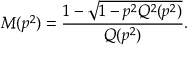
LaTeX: M ( p ^ { 2 } ) = \frac { 1 - \sqrt { 1 - p ^ { 2 } Q ^ { 2 } ( p ^ { 2 } ) } } { Q ( p ^ { 2 } ) } .